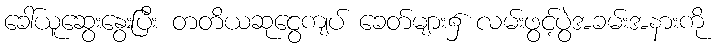
ခေါ်ယူဆွေးနွေးပြီး တတိယဆုငွေကျပ် ခေတ်များ၌ လမ်းဖွင့်ပွဲအခမ်းအနားကို